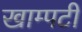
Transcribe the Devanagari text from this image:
खाम्पटी